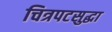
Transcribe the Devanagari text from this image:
चित्रपटसुद्धा